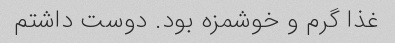
غذا گرم و خوشمزه بود. دوست داشتم